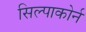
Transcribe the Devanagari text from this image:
सिल्पाकोर्न